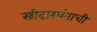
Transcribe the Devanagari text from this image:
स्त्रीदास्यंताची